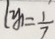
y _ { 1 } = \frac { 1 } { 7 }